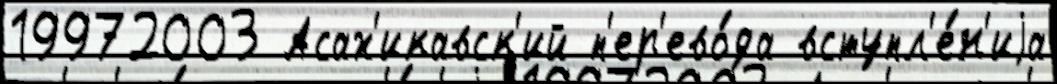
19972003 Асах'икавск'ий п'ер'ево́да вступл'е́н'иjа